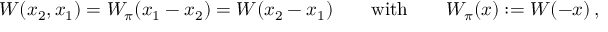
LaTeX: { \cal W } ( x _ { 2 } , x _ { 1 } ) = W _ { \pi } ( x _ { 1 } - x _ { 2 } ) = W ( x _ { 2 } - x _ { 1 } ) \qquad \mathrm { w i t h } \qquad W _ { \pi } ( x ) : = W ( - x ) \, ,